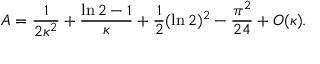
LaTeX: { \cal A } = { \frac { 1 } { 2 \kappa ^ { 2 } } } + { \frac { \ln 2 - 1 } { \kappa } } + { \frac { 1 } { 2 } } ( \ln 2 ) ^ { 2 } - { \frac { \pi ^ { 2 } } { 2 4 } } + { \cal O } ( \kappa ) .